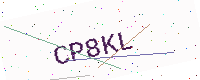
Text: CP8KL